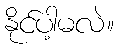
နိုင်ပါ့မလဲ။